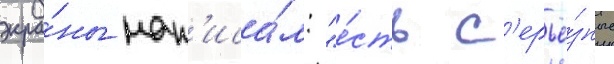
экра́ны нап'иса́л: "е́сть с'ерьё́зные